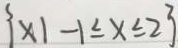
\{ x 1 - 1 \leq x \leq 2 \}